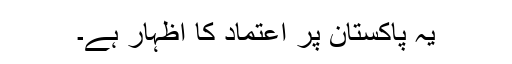
یہ پاکستان پر اعتماد کا اظہار ہے۔